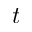
t